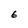
Character: 6